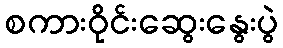
စကားဝိုင်းဆွေးနွေးပွဲ